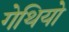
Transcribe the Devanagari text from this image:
गेथियो